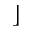
\rfloor